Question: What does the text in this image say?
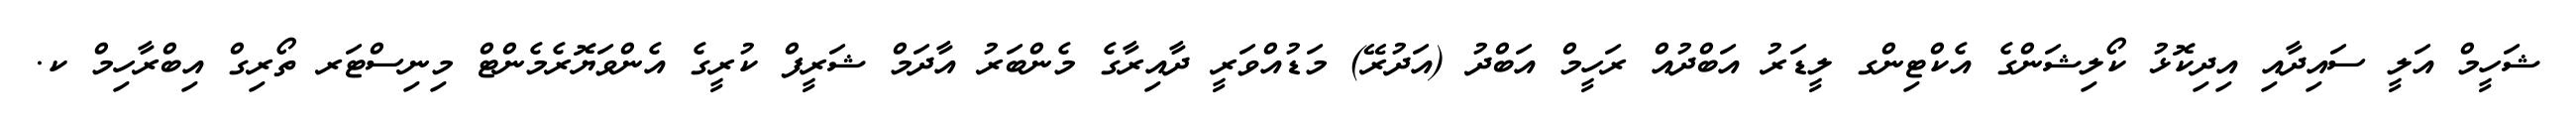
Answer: ޝަހީމް އަލީ ސައިދާއި އިދިކޮޅު ކޯލިޝަންގެ އެކްޓިންގ ލީޑަރު އަބްދުއް ރަހީމް އަބްދު (އަދުރޭ) މަޑުއްވަރީ ދާއިރާގެ މެންބަރު އާދަމް ޝަރީފް ކުރީގެ އެންވަޔޮރެމެންޓް މިނިސްޓަރ ތޯރިގް އިބްރާހިމް ކ.